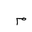
Letter: _mim